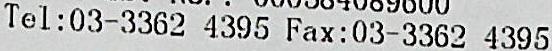
TEL:03-3362 4395 FAX:03-3362 4395